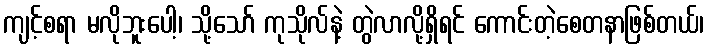
ကျင့်စရာ မလိုဘူးပေါ့၊ သို့သော် ကုသိုလ်နဲ့ တွဲလာလို့ရှိရင် ကောင်းတဲ့စေတနာဖြစ်တယ်၊